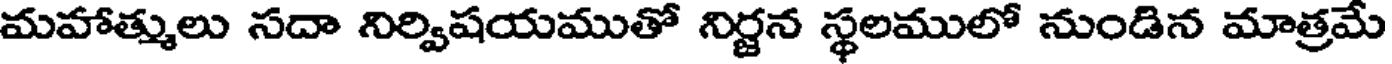
మహాత్ములు సదా నిర్విషయముతో నిర్జన స్థలములో నుండిన మాత్రమే